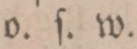
o. ſ. w.